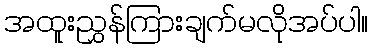
အထူးညွှန်ကြားချက်မလိုအပ်ပါ။